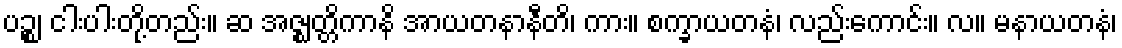
ပဉ္စ၊ ငါးပါးတို့တည်း။ ဆ အဇ္ဈတ္တိကာနိ အာယတနာနီတိ၊ ကား။ စက္ခာယတနံ၊ လည်းကောင်း။ လ။ မနာယတနံ၊